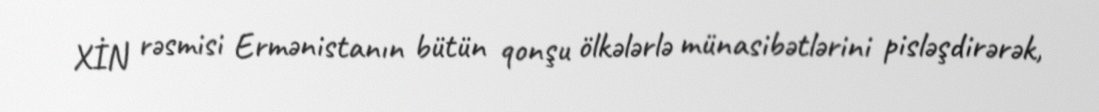
XİN rəsmisi Ermənistanın bütün qonşu ölkələrlə münasibətlərini pisləşdirərək,